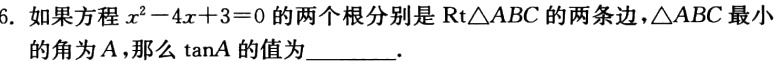
6. 如果方程$x^{2}-4x + 3 = 0$的两个根分别是$\text{Rt}\triangle ABC$的两条边，$\triangle ABC$最小的角为$A$，那么$\tan A$的值为______.